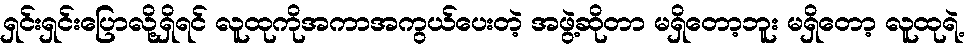
ရှင်းရှင်းပြောလို့ရှိရင် လူထုကိုအကာအကွယ်ပေးတဲ့ အဖွဲ့ဆိုတာ မရှိတော့ဘူး မရှိတော့ လူထုရဲ့